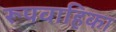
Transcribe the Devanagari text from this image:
रूपवाहिका